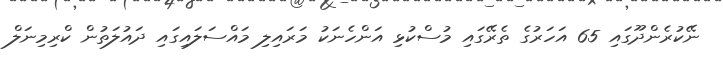
ނޭކުރެންދޫގައި 65 އަހަރުގެ ތެރޭގައި މުސްކުޅި އަންހެނަކު މަރައިލި މައްސަލައިގައި ދައުލަތުން ކްރިމިނަލް